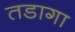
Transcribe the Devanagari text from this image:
तडागा